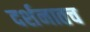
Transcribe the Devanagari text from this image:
दर्शनातच